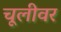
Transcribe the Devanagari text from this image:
चूलीवर